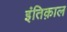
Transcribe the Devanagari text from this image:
इंतिक़ाल